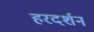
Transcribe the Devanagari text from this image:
हरदर्शन